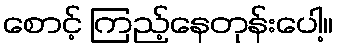
စောင့် ကြည့်နေတုန်းပေါ့။